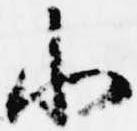
小